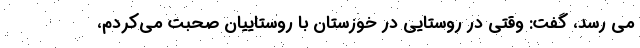
می رسد، گفت: وقتی در روستایی در خوزستان با روستاییان صحبت می‌کردم،